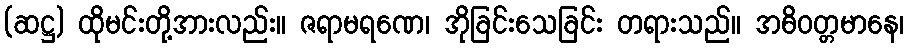
(ဆဋ္ဌ) ထိုမင်းတို့အားလည်း။ ဇရာမရဏေ၊ အိုခြင်းသေခြင်း တရားသည်။ အဓိဝတ္တမာနေ၊